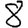
Digit: 8